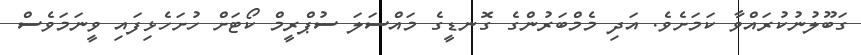
ގަބޫލުނުކުރައްވާ ކަމަށެވެ. އަދި މެމްބަރުންގެ ގޮނޑީގެ މައްސަލަ ސުޕްރީމް ކޯޓަށް ހުށަހެޅިފައި ވީނަމަވެސް